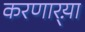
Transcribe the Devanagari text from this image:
करणार्‍य़ा